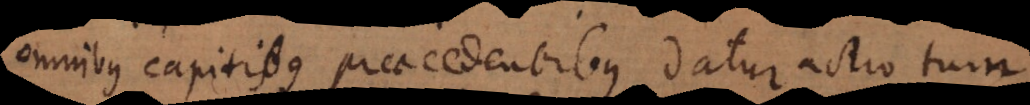
omnibus capitibus praecedentibus datur actio tum